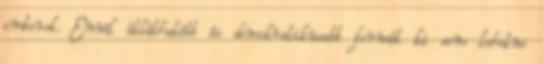
emberek. Ennél átláthatóbb és demokratikusabb formát ki sem lehetne